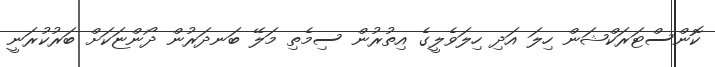
ކޮންސްޓަރަކްޝަން ހިލަ އަދި ހިލަވެލީގެ އިތުރުން ސިމެތި މަލޭ ބަނދަރުން ދޯންޏަކަށް ބަރުކުރަނީ